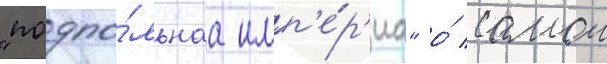
"подпо́льнаа имп'е́р'иа" о́ самои